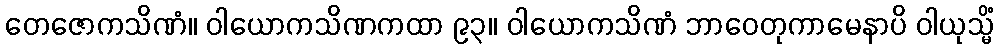
တေဇောကသိဏံ။ ဝါယောကသိဏကထာ ၉၃။ ဝါယောကသိဏံ ဘာဝေတုကာမေနာပိ ဝါယုသ္မိံ